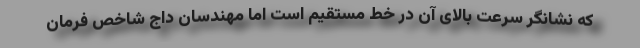
که نشانگر سرعت بالای آن در خط مستقیم است اما مهندسان داج شاخص فرمان